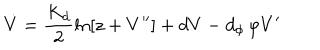
LaTeX: \dot { V } = \frac { K _ { d } } { 2 } \ln \left[ z + V ^ { \prime \prime } \right] + d V - d _ { \phi } \, \varphi V ^ { \prime }